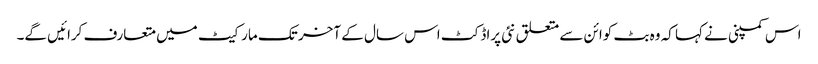
اس کمپنی نے کہا کہ وہ بٹ کوائن سے متعلق نئی پراڈکٹ اس سال کے آخر تک مارکیٹ میں متعارف کرائیں گے۔